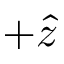
+ \hat { z }